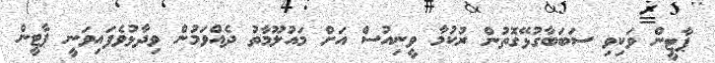
ޕާޓީން ވަކިވި ސަބަބާގުޅޭގޮތުން ރުކުމާ ވީނިއުސް އަށް މައުލޫމާތު ދެއްވަމުން ވިދާޅުވެފައިވަނީ ޕާޓީން